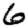
Digit: 6